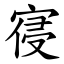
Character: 寑